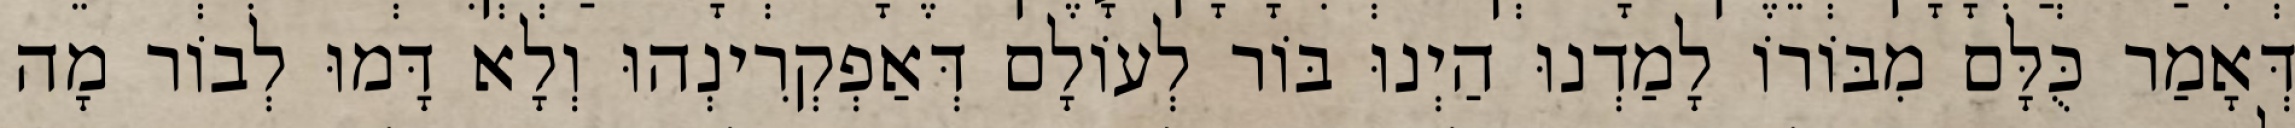
דְּאָמַר כֻּלָּם מִבּוֹרוֹ לָמַדְנוּ הַיְנוּ בּוֹר לְעוֹלָם דְּאַפְקְרִינְהוּ וְלָא דָּמוּ לְבוֹר מָה